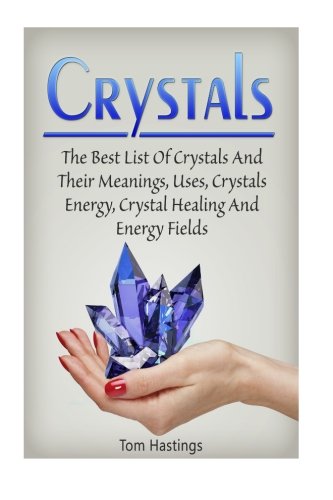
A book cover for Crystals: The Best List Of Crystals And Their Meanings, Uses, Crystals Energy, Crystal Healing And Energy Fields (Crystals, Spirituality, Energy Fields, Chakras); Tom Hastings; Religion & Spirituality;